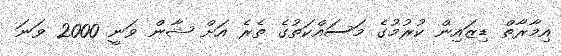
އިމާރާތް ޑިޒައިން ކުރުމުގެ މަސައްކަތުގެ ތެރެ އަށް ޝާން ވަނީ 2000 ވަނަ